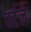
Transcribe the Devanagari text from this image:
वर्टले